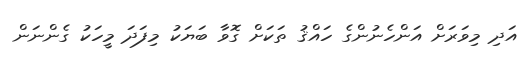
އަދި މިވަރަށް އަންހެނުންގެ ހައްޤު ތަކަށް ގޮވާ ބަޔަކު މިފަދަ މީހަކު ގެންނަން